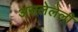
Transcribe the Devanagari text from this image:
असलेलेली